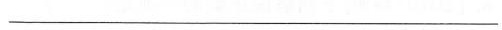
___